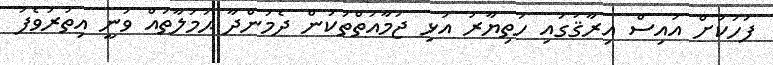
ފަހަކަށް އައިސް އިރާޤުގައި ހަތިޔާރު އަޅި ޖަމާއަތްތަކުން ދެމުންދާ ޙަމަލާތައް ވަނީ އިތުރުވެފަ